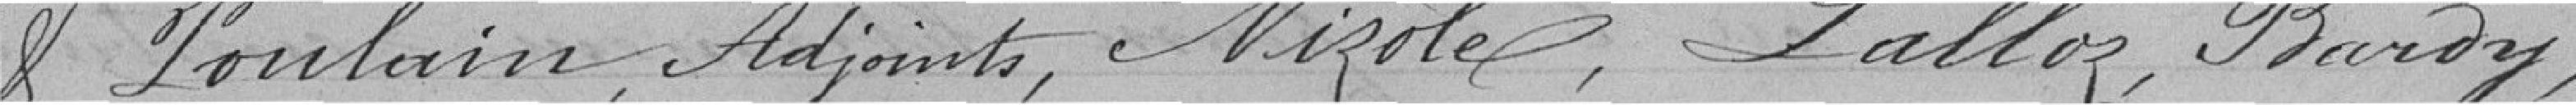
et Poulain, Adjoints, Nizole, Lalloz, Bardy,